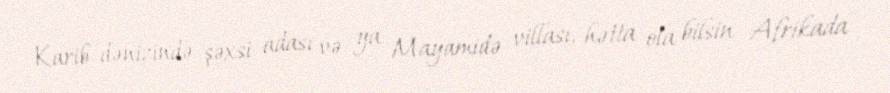
Karib dənizində şəxsi adası və ya Mayamidə villası, hətta ola bilsin Afrikada